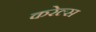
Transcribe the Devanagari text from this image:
करेल्स